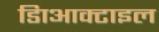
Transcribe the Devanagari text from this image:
डािआक्टाइल